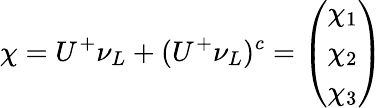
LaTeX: \chi=U^{+}\nu_{L}+(U^{+}\nu_{L})^{c}=\left(\begin{array}{c}{{\chi_{1}}}\\ {{\chi_{2}}}\\ {{\chi_{3}}}\end{array}\right)